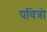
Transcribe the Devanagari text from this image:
पवित्रो